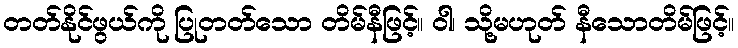
တတ်နိုင်ဖွယ်ကို ပြုတတ်သော တိမ်နီဖြင့်။ ဝါ၊ သို့မဟုတ် နီသောတိမ်ဖြင့်။